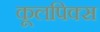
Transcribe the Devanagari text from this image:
कूलपिक्स